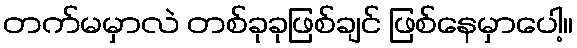
တက်မမှာလဲ တစ်ခုခုဖြစ်ချင် ဖြစ်နေမှာပေါ့။